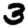
Digit: 3